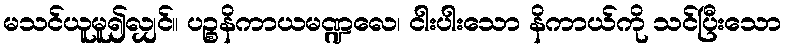
မသင်ယူမူ၍လျှင်။ ပဉ္စနိကာယမဏ္ဍလေ၊ ငါးပါးသော နိကာယ်ကို သင်ပြီးသော